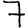
Digit: 7